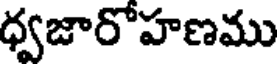
ధ్వజారోహణము